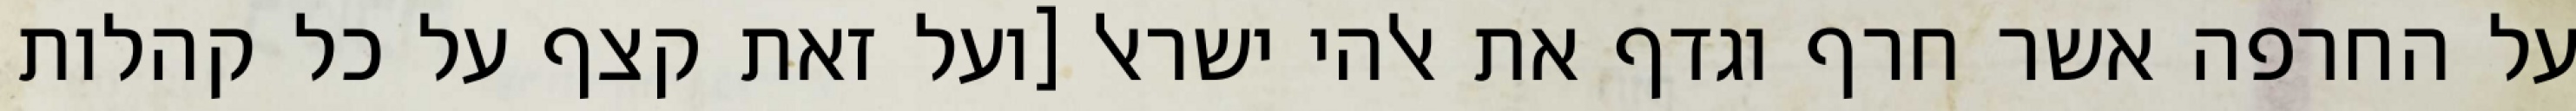
על החרפה אשר חרף וגדף את אלהי ישראל [ועל זאת קצף על כל קהלות